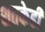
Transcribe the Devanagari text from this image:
शतकेही